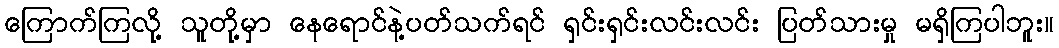
ကြောက်ကြလို့ သူတို့မှာ နေရောင်နဲ့ပတ်သက်ရင် ရှင်းရှင်းလင်းလင်း ပြတ်သားမှု မရှိကြပါဘူး။